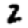
Digit: 2